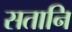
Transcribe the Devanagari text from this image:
सतानि